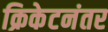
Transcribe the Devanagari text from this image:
क्रिकेटनंतर